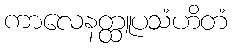
ကာလေနတ္ထူပသံဟိတံ